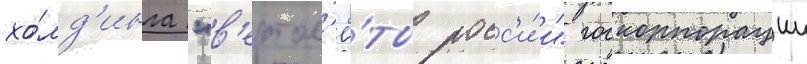
хо́лд'инга "в'ертол'ё́ты росс'и́и" госкорпорации